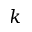
k